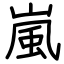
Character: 嵐